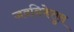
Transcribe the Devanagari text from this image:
जवनिकेतुन